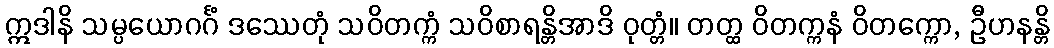
ဣဒါနိ သမ္ပယောဂင်္ဂံ ဒဿေတုံ သဝိတက္ကံ သဝိစာရန္တိအာဒိ ဝုတ္တံ။ တတ္ထ ဝိတက္ကနံ ဝိတက္ကော, ဦဟနန္တိ